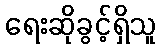
ရေးဆိုခွင့်ရှိသူ